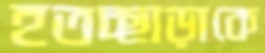
হতচ্ছাড়াকে